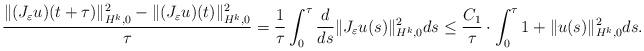
LaTeX: \begin{align*}\frac{\|(J_\varepsilon u)(t+\tau)\|_{H^k,0}^2-\|(J_\varepsilon u)(t)\|_{H^k,0}^2}{\tau}=\frac{1}{\tau}\int_0^\tau\frac{d}{ds}\|J_\varepsilon u(s)\|_{H^k,0}^2ds\leq \frac{C_1}{\tau}\cdot\int_0^\tau1+\|u(s)\|_{H^k,0}^2ds.\end{align*}